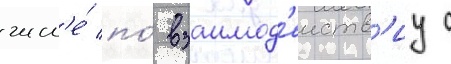
числ'е́ по́ взаимод'еиств'иу с